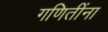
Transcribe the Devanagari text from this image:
गणितींना